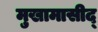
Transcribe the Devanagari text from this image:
मुखामासीद्